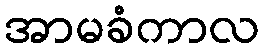
အာမခံကာလ